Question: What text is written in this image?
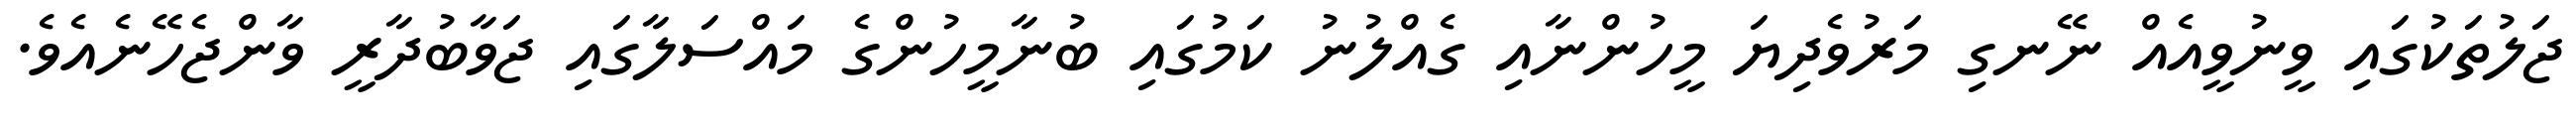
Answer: ޖަލުތަކުގައި ވީނުވީއެއް ނޭނގި މަރުވެދިޔަ މީހުންނާއި ގެއްލުނު ކަމުގައި ބުނާމީހުންގެ މައްސަލާގައި ޖަވާބުދާރީ ވާންޖެހޭނެއެވެ.